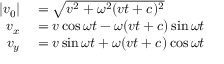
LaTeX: \begin{array} { r l } { | v _ { 0 } | } & { { } = { \sqrt { v ^ { 2 } + \omega ^ { 2 } ( v t + c ) ^ { 2 } } } } \\ { v _ { x } } & { { } = v \cos \omega t - \omega ( v t + c ) \sin \omega t } \\ { v _ { y } } & { { } = v \sin \omega t + \omega ( v t + c ) \cos \omega t } \end{array}